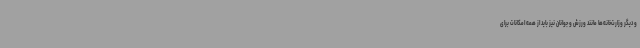
و دیگر وزارت‌خانه‌ها مانند ورزش و جوانان نیز باید از همه امکانات برای